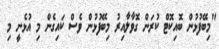
"މިބޭފުޅުން ބޮއިކޮޓް ކުރަން ގޮވާލާއިރު މިބޭފުޅުން ވެސް ކައިގެން މި އުޅެނީ މި